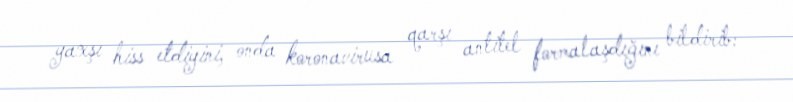
yaxşı hiss etdiyini, onda koronavirusa qarşı antitel formalaşdığını bildirib: